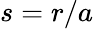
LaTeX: s=r/a